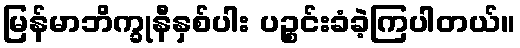
မြန်မာဘိက္ခုနီနှစ်ပါး ပဉ္စင်းခံခဲ့ကြပါတယ်။